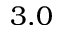
3 . 0